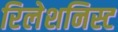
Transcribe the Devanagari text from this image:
रिलेशनिस्ट